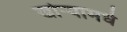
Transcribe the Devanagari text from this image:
खोऱ्यामधे